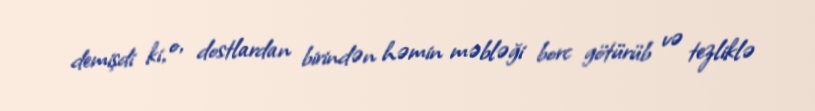
demişdi ki, o, dostlardan birindən həmin məbləği borc götürüb və tezliklə